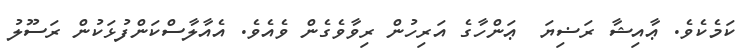
ކަމެކެވެ. ޢާއިޝާ ރަޟިޔަ  ޢަންހާގެ އަރިހުން ރިވާވެގެން ވެއެވެ. އެއާލާސްކަންފުޅަކުން ރަސޫލު